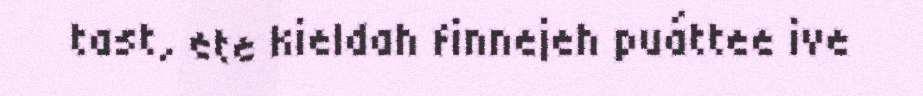
tast, ete kieldah finnejeh puáttee ive